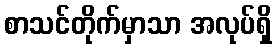
စာသင်တိုက်မှာသာ အလုပ်ရှိ